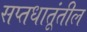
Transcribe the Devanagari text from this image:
सप्तधातूंतील